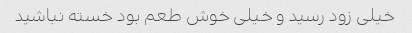
خیلی زود رسید و خیلی خوش طعم بود خسته نباشید